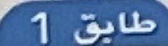
طايق1